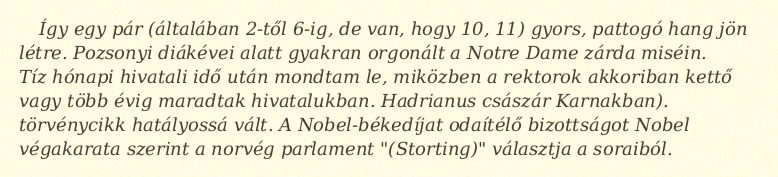
Így egy pár (általában 2-től 6-ig, de van, hogy 10, 11) gyors, pattogó hang jön létre. Pozsonyi diákévei alatt gyakran orgonált a Notre Dame zárda miséin. Tíz hónapi hivatali idő után mondtam le, miközben a rektorok akkoriban kettő vagy több évig maradtak hivatalukban. Hadrianus császár Karnakban). törvénycikk hatályossá vált. A Nobel-békedíjat odaítélő bizottságot Nobel végakarata szerint a norvég parlament "(Storting)" választja a soraiból.